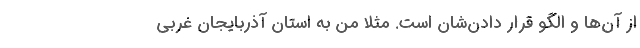
از آن‌ها و الگو قرار دادن‌شان است. مثلا من به استان آذربایجان غربی